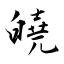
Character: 皢